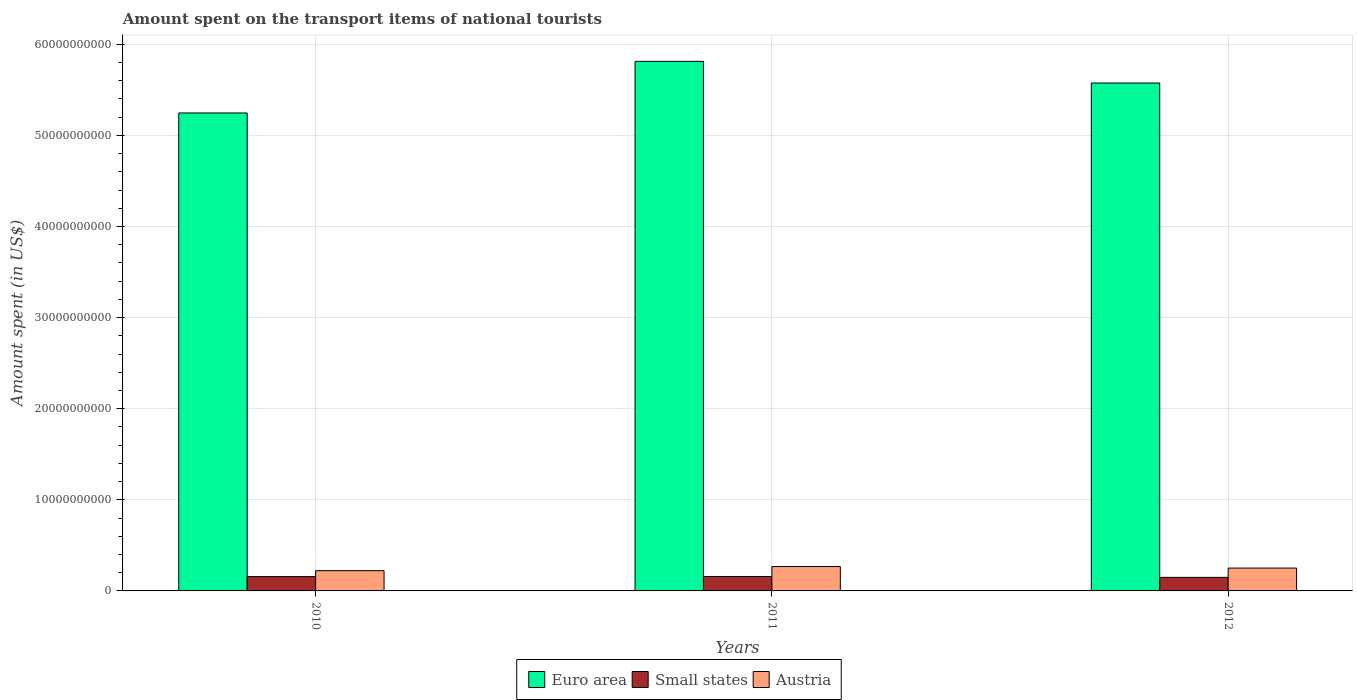
| Years | Euro area | Small states | Austria |
 | --- | --- | --- | --- |
 | 2010 | 5.25e+10 | 1.57e+09 | 2.22e+09 |
 | 2011 | 5.81e+10 | 1.58e+09 | 2.68e+09 |
 | 2012 | 5.57e+10 | 1.49e+09 | 2.51e+09 |